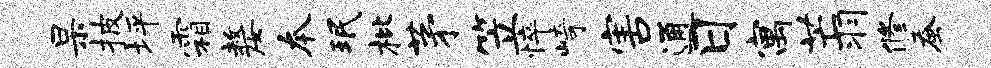
杲披坪霜嫠本珉枇茅笠悴崎害通日寓芒羽修蚕